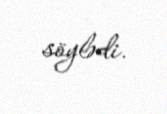
söylədi.